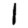
Digit: 1